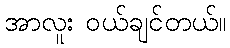
အာလူး ဝယ်ချင်တယ်။